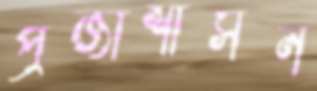
প্রজাশাসন